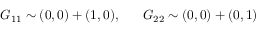
G _ { 1 1 } \sim ( 0 , 0 ) + ( 1 , 0 ) , ~ ~ ~ ~ ~ G _ { 2 2 } \sim ( 0 , 0 ) + ( 0 , 1 )